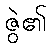
ဇွဲ၏